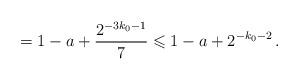
LaTeX: \begin{align*}= 1-a+\frac{2^{-3k_0-1}}{7}\leqslant 1-a+2^{-k_0-2}\,.\end{align*}